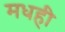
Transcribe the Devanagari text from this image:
मधही